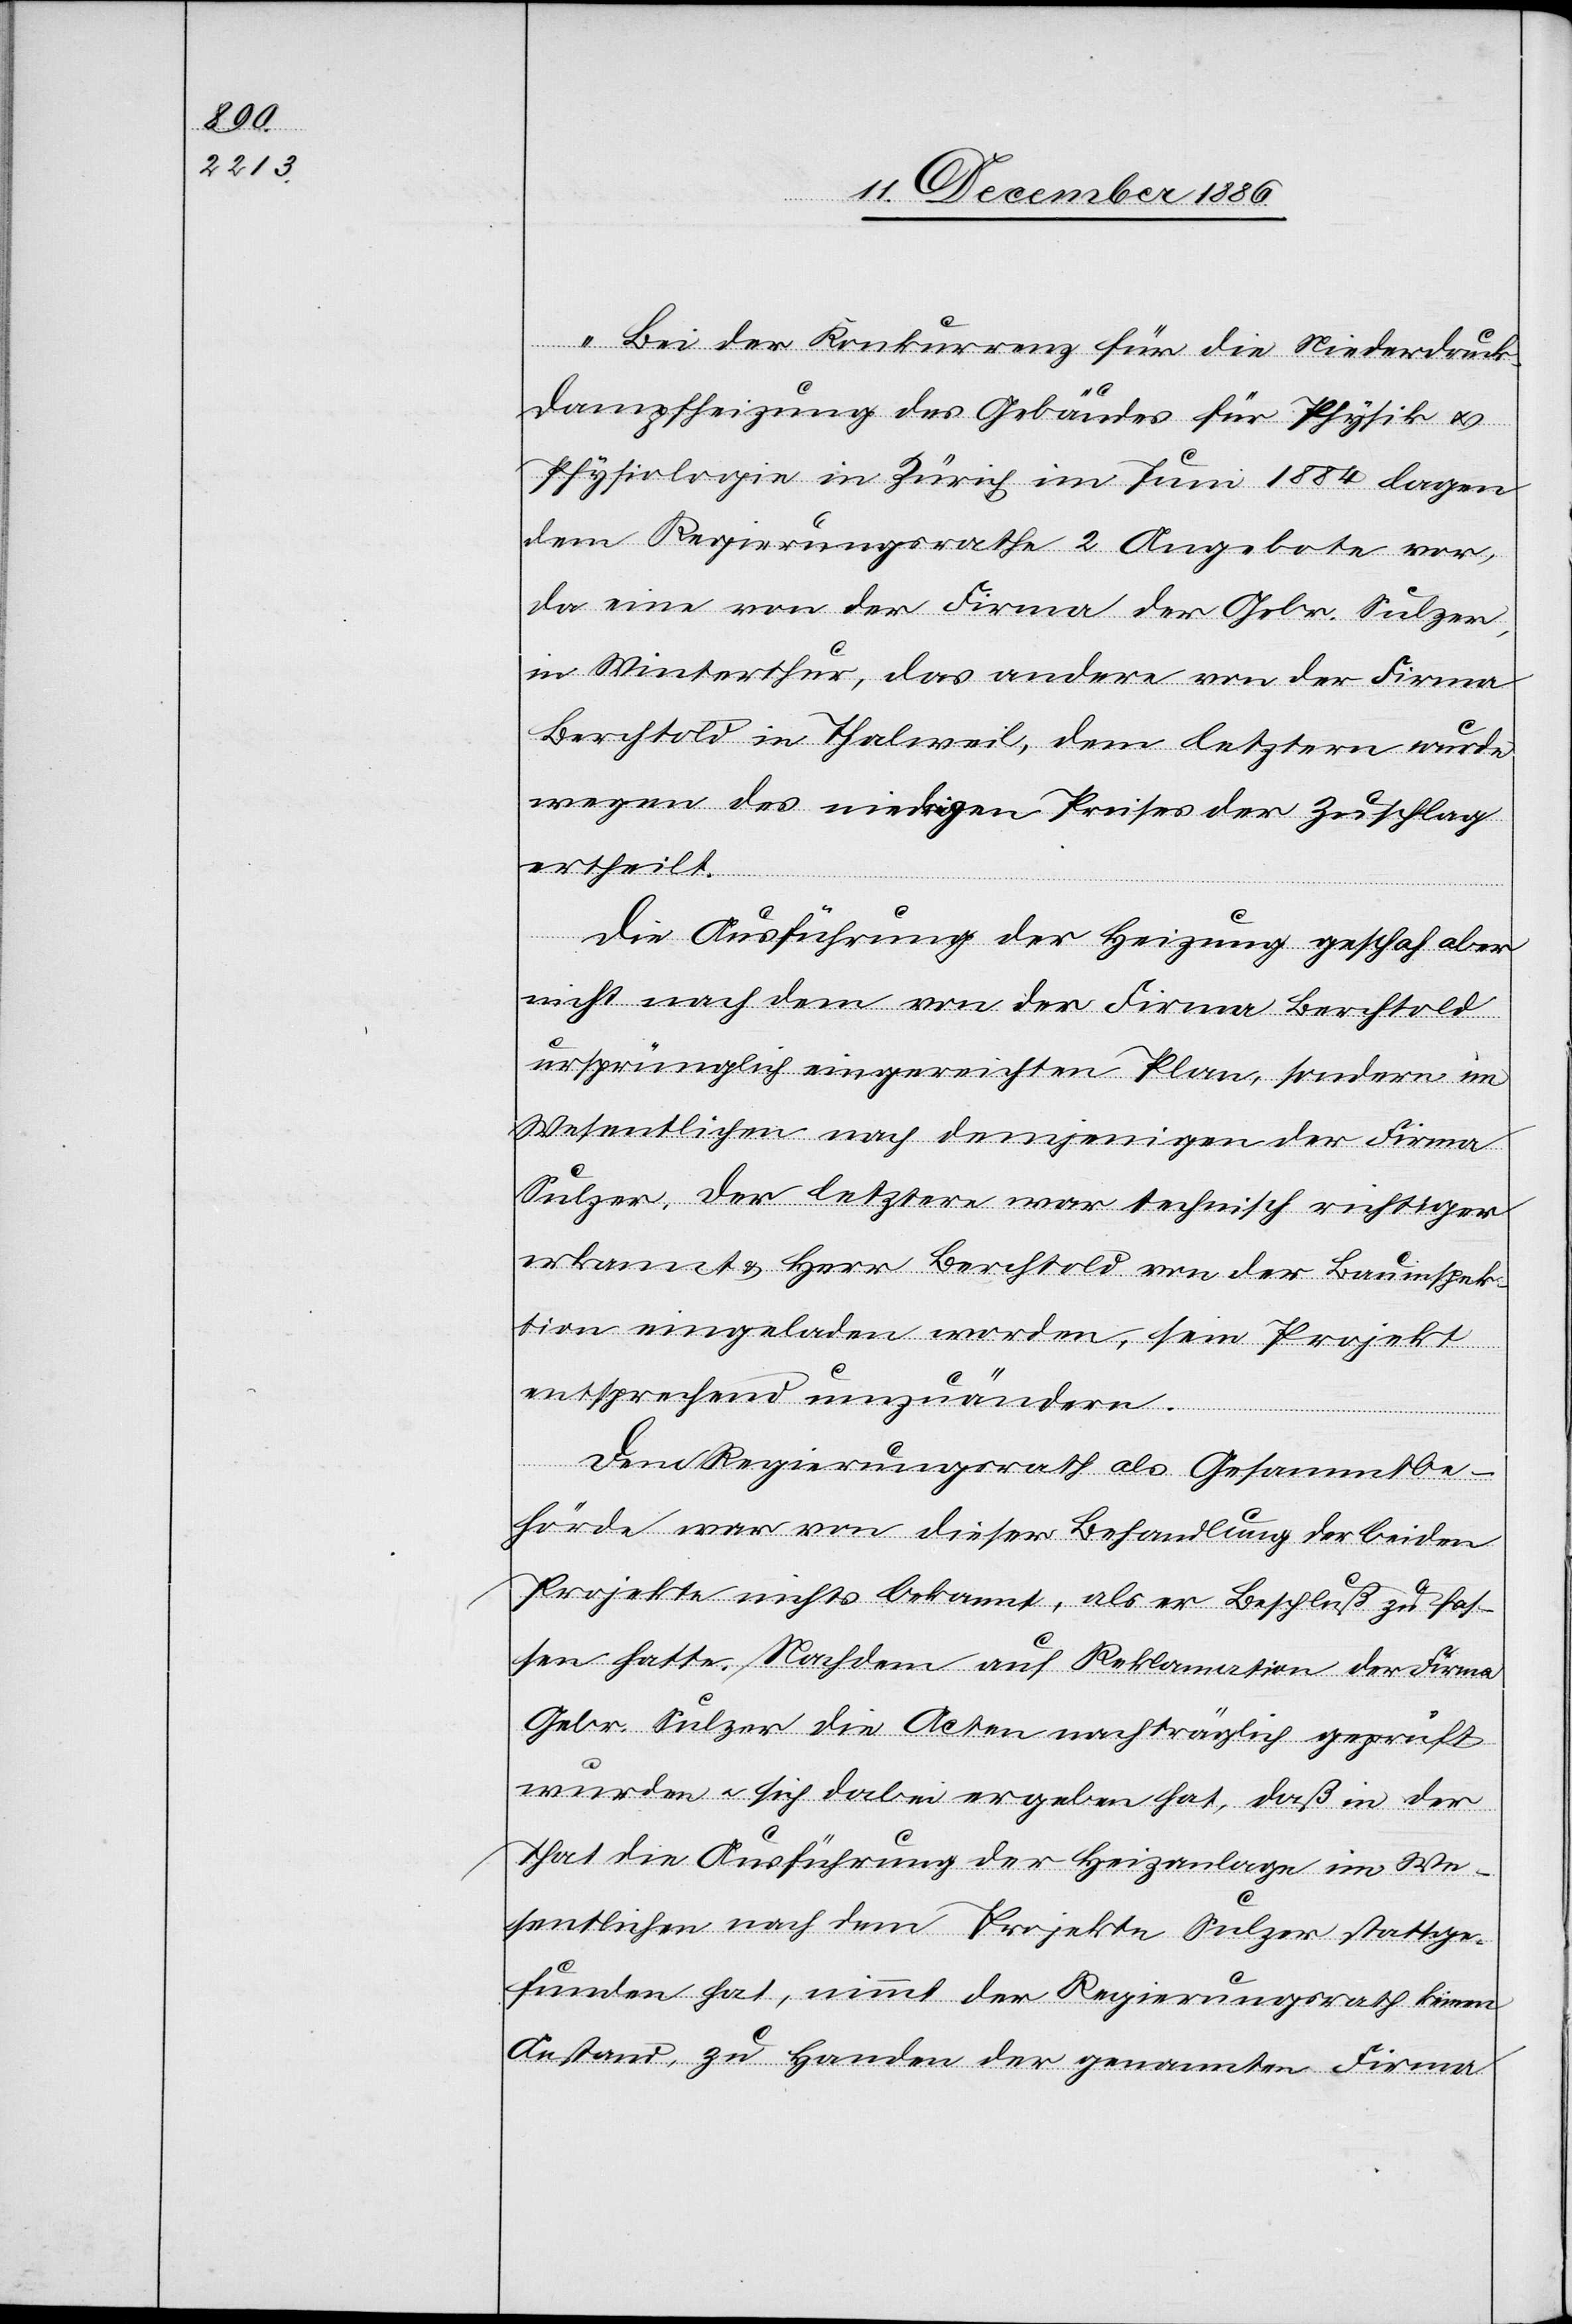
„Bei der Konkurrenz für die Niederdruck¬
dampfheizung des Gebäudes für Physik &
Physiologie in Zürich im Juni 1884 lagen
dem Regierungsrathe 2 Angebote vor,
da[s] eine von der Firma der Gebr. Sulzer,
in Winterthur, das andere von der Firma
Berchtold in Thalweil, dem letztern wurde
wegen des niedrigen Preises der Zuschlag
ertheilt.
Die Ausführung der Heizung geschah aber
nicht nach dem von der Firma Berchtold
ursprünglich eingereichten Plan, sondern im
Wesentlichen nach demjenigen der Firma
Sulzer, der letztere war technisch richtiger
erkannt & Herr Berchtold von der Bauinspek¬
tion eingeladen worden, sein Projekt
entsprechend umzuändern.
Dem Regierungsrath als Gesammtbe¬
hörde war von dieser Behandlung der beiden
Projekte nichts bekannt, als er Beschluß zu fas¬
sen hatte. Nachdem auf Reklamation der Firma
Gebr. Sulzer die Acten nachträglich geprüft
wurden & sich dabei ergeben hat, daß in der
That die Ausführung der Heizanlage im We¬
sentlichen nach dem Projekte Sulzer stattge¬
funden hat, nimmt der Regierungsrath keinen
Anstand, zu Handen der genannten Firma